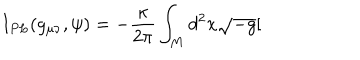
I _ { P L } ( g _ { \mu \nu } , \psi ) = - \frac { \kappa } { 2 \pi } \int _ { M } d ^ { 2 } x \sqrt { - g } [